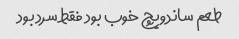
طعم ساندویچ خوب بود فقط سرد بود